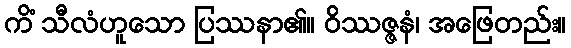
ကိံ သီလံဟူသော ပြဿနာ၏။ ဝိဿဇ္ဇနံ၊ အဖြေတည်း။